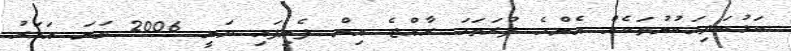
ކަޅުބަދިމަކުނުތަކެއް އެންމެ ފުރަތަމަ ރާއްޖެ އިން ފެނިފައި ވަނީ 2006 ވަނަ އަހަރު